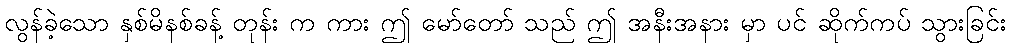
လွန်ခဲ့သော နှစ်မိနစ်ခန့် တုန်း က ကား ဤ မော်တော် သည် ဤ အနီးအနား မှာ ပင် ဆိုက်ကပ် သွားခြင်း